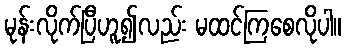
မုန်းလိုက်ပြီဟူ၍လည်း မထင်ကြစေလိုပါ။